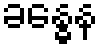
ခန္ဓေန